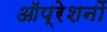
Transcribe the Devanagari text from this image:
ऑप्रेशनों